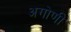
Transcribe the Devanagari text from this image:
अगोणी